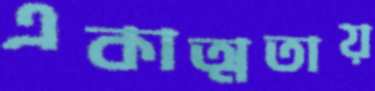
একাত্মতায়